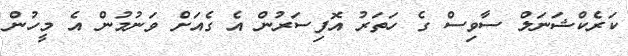
ކަރެކްޝަނަލް ސާވިސް ގެ ހަތަރު އޮފިސަރުން އެ ގެއަށް ވަނުމުން އެ މީހުން